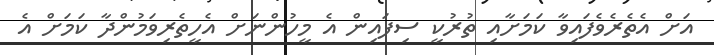
އަށް އެތެރެވެފައިވާ ކަމަށާއި ތުރުކީ ސިފައިން އެ މީހުންނަށް އެހީތެރިވަމުންދާ ކަމަށް އެ